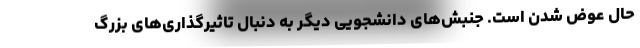
حال عوض شدن است. جنبش‌های دانشجویی دیگر به دنبال تاثیرگذاری‌های بزرگ